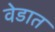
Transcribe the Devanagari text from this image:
वेडात